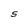
Character: S